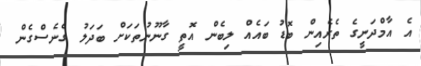
އެ އާމްދަނީގެ ތެރެއިން ބޮޑު ބައެއް ލިބެން އޮތީ ގާނޫނުތަކަށް ބަދަލު ގެނެސްގެން